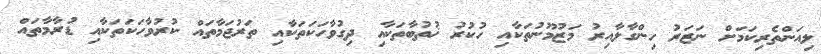
ލިއަންތެރިކަމަށް ނަޒަރު ހިންގާލާއިރު މަޒުމޫނުތަކާއި ހުކުރު ޚުތުބާތަކާއި ދިގުވާހަކަތަކާއި ތަރުޖަމާތައް ކުރުވާހަކަތަކާއި ޑުރާމާތައް